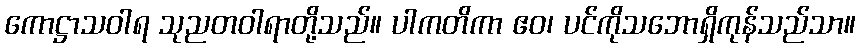
ကောဋ္ဌာသဝါရ သုညတဝါရာတို့သည်။ ပါကတိကာ ဧဝ၊ ပင်ကိုသဘောရှိကုန်သည်သာ။